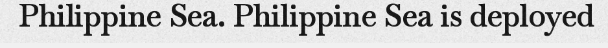
Philippine Sea. Philippine Sea is deployed